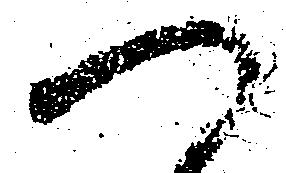
へ